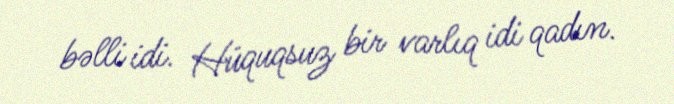
bəlli idi. Hüquqsuz bir varlıq idi qadın.